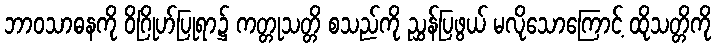
ဘာဝသာဓနကို ဝိဂြိုဟ်ပြုရာ၌ ကတ္တုသတ္တိ စသည်ကို ညွှန်ပြဖွယ် မလိုသောကြောင့် ထိုသတ္တိကို